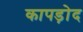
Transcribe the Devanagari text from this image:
कापड़ोद